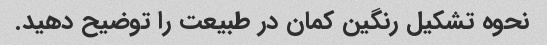
نحوه تشکیل رنگین کمان در طبیعت را توضیح دهید.